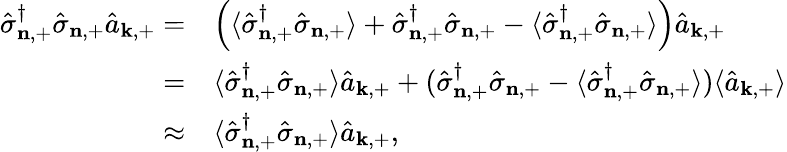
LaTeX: \begin{array}{rl}{\hat{\sigma}_{\mathbf{n},+}^{\dagger}\hat{\sigma}_{\mathbf{n},+}\hat{a}_{\mathbf{k},+}=}&{\Big(\langle\hat{\sigma}_{\mathbf{n},+}^{\dagger}\hat{\sigma}_{\mathbf{n},+}\rangle+\hat{\sigma}_{\mathbf{n},+}^{\dagger}\hat{\sigma}_{\mathbf{n},+}-\langle\hat{\sigma}_{\mathbf{n},+}^{\dagger}\hat{\sigma}_{\mathbf{n},+}\rangle\Big)\hat{a}_{\mathbf{k},+}}\\ {=}&{\langle\hat{\sigma}_{\mathbf{n},+}^{\dagger}\hat{\sigma}_{\mathbf{n},+}\rangle\hat{a}_{\mathbf{k},+}+(\hat{\sigma}_{\mathbf{n},+}^{\dagger}\hat{\sigma}_{\mathbf{n},+}-\langle\hat{\sigma}_{\mathbf{n},+}^{\dagger}\hat{\sigma}_{\mathbf{n},+}\rangle)\langle\hat{a}_{\mathbf{k},+}\rangle}\\ {\approx}&{\langle\hat{\sigma}_{\mathbf{n},+}^{\dagger}\hat{\sigma}_{\mathbf{n},+}\rangle\hat{a}_{\mathbf{k},+},}\end{array}